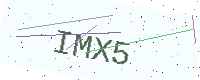
Text: IMX5